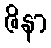
ဇိနာ